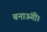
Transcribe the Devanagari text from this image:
बनाऊंगी।